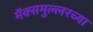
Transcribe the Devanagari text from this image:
मॅक्समुल्लरच्या